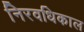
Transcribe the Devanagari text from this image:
निरवधिकाल